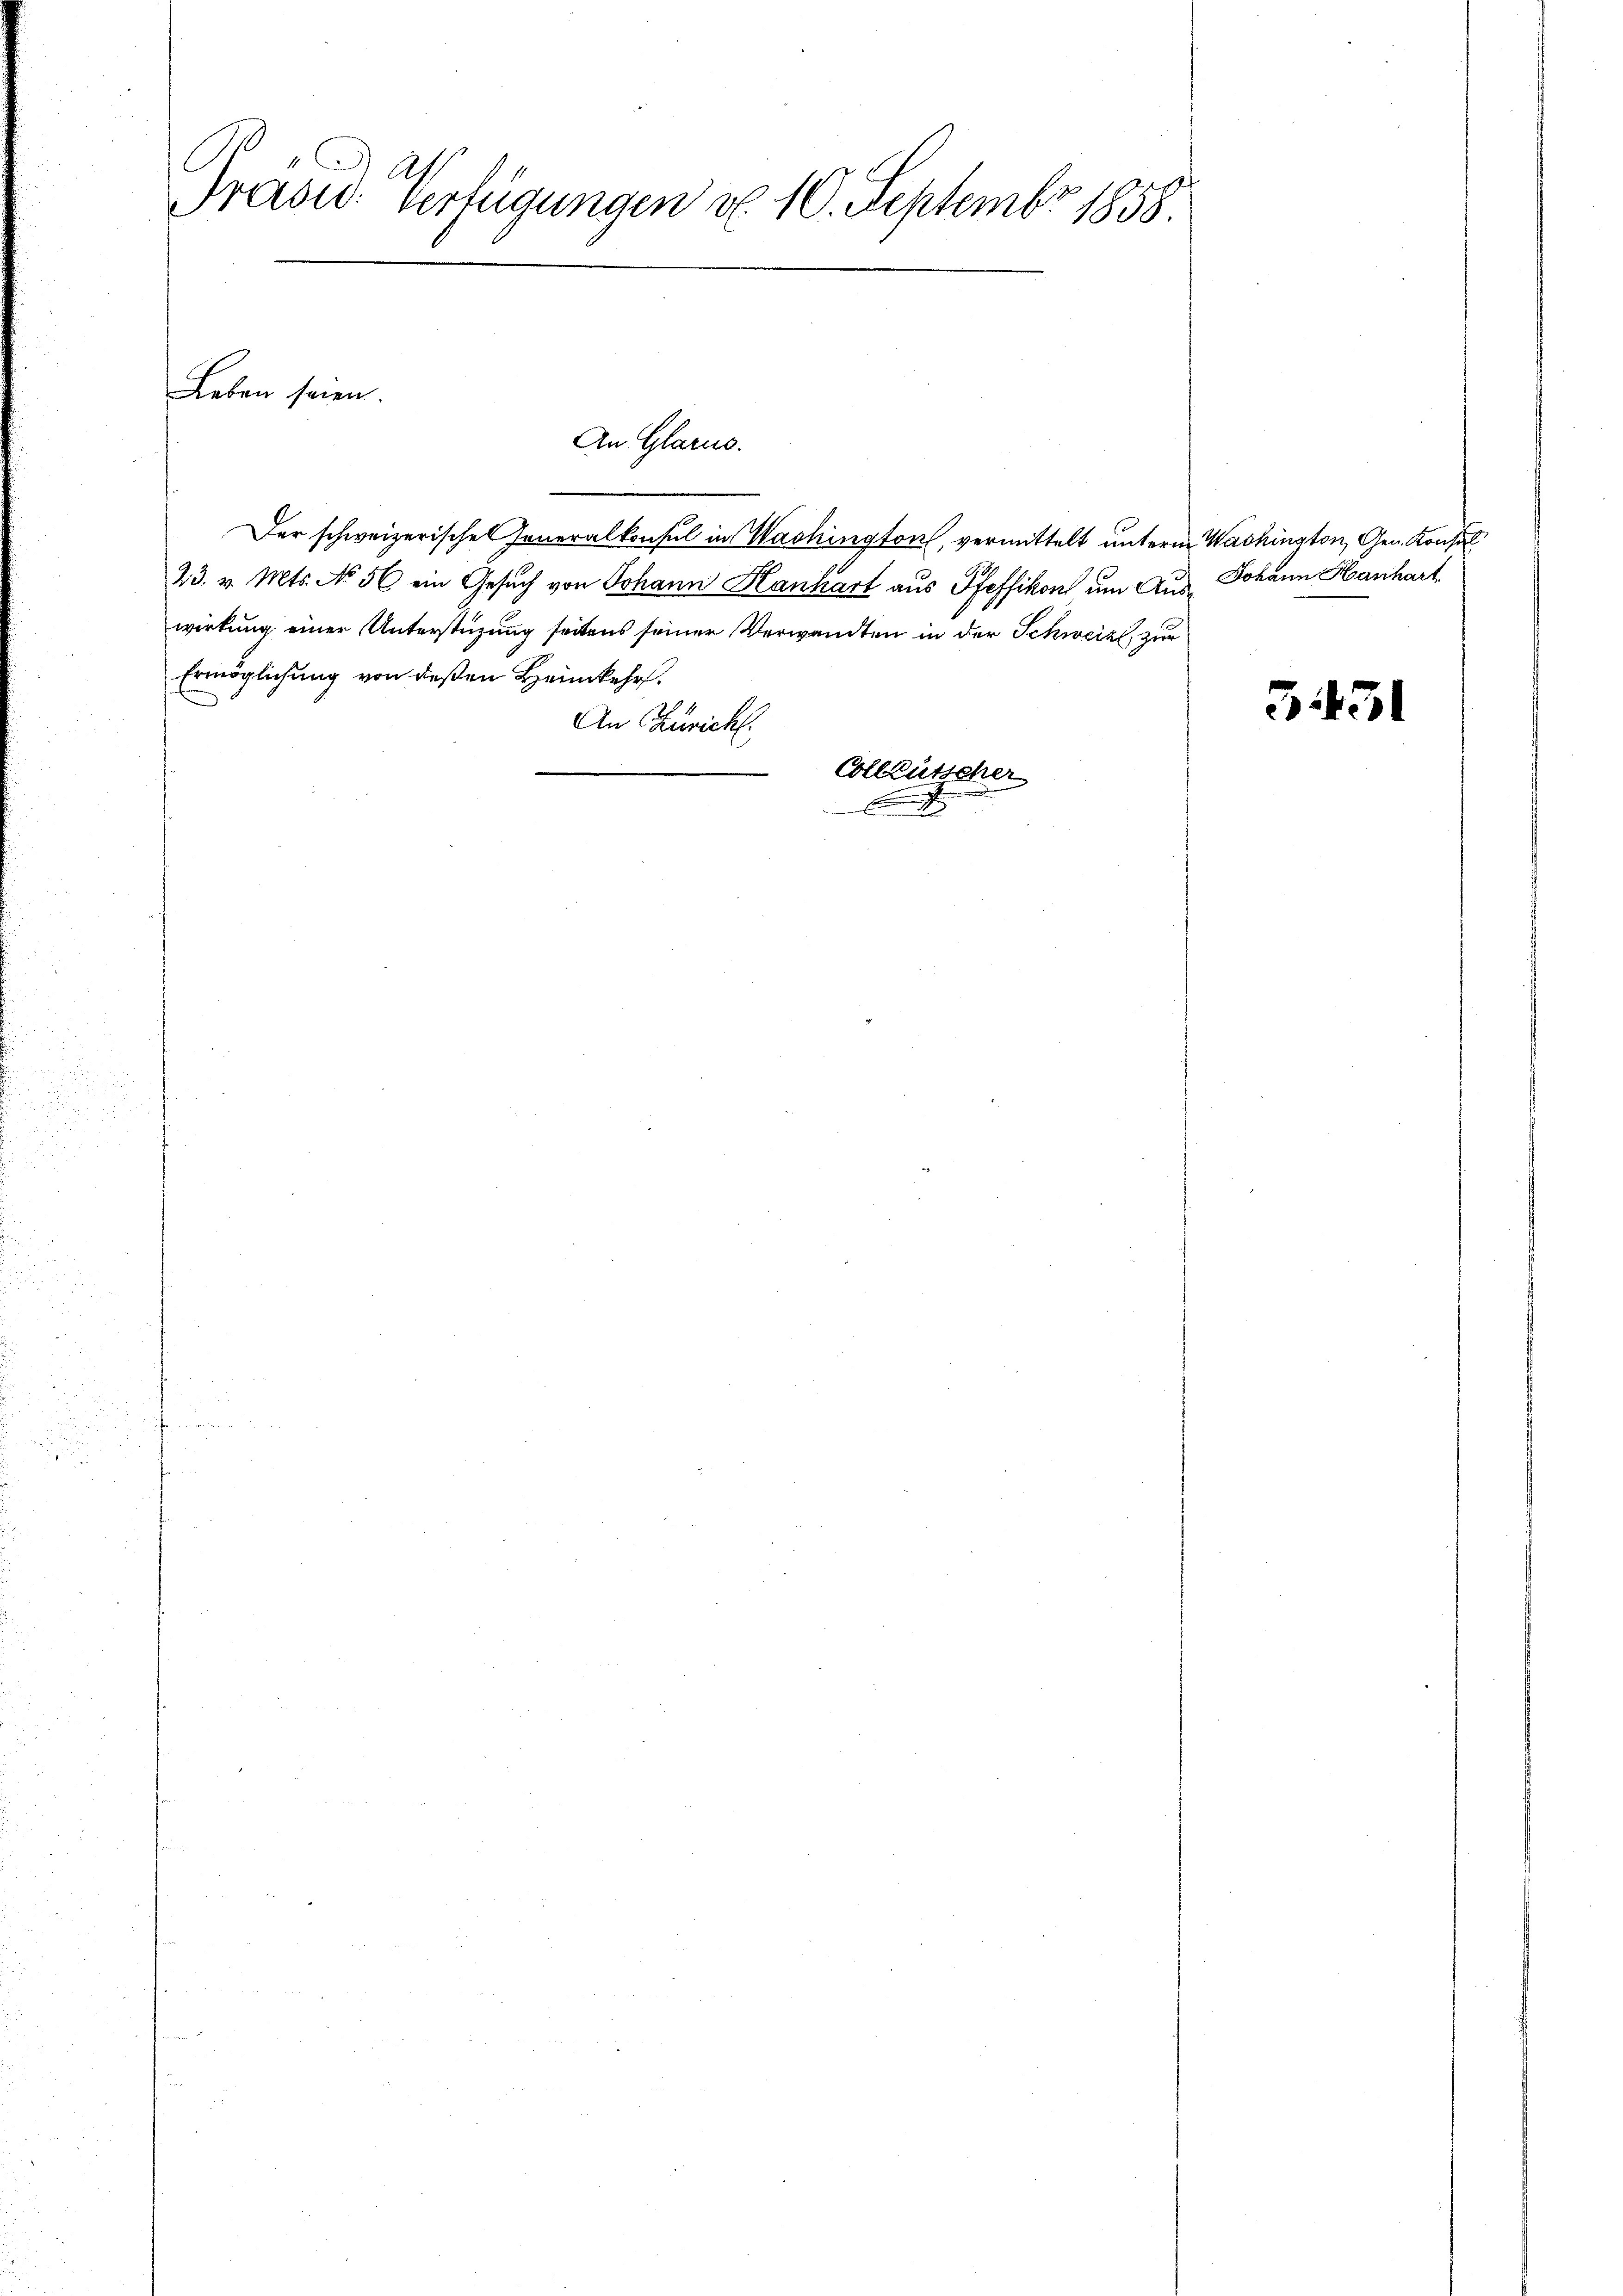
Präsid. Verfügungen d. 10. Septembr 1858.

Leben seien.

Der schweizerische Generalkonsul in Washington, vermittelt unterm Washington, Gen. Konsul
23. v. Mts. No 56 ein Gesuch von Johann Hanhart aus Pfeffikon um Aus Johann Hanhart
wirkung einer Unterstüzung seitens seiner Verwandten in der Schweiz, zur
Ermöglichung von deßen Heimkehr.
An Züricht.
Colleütscher
.

An Glarus.

3431